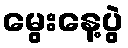
မွေးနေ့ပွဲ